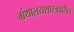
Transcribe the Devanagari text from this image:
ग्रंथालयशास्त्रावरील